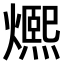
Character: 𤐤